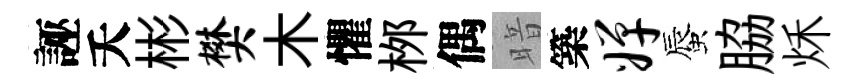
誣夭彬樊木懼桞偶暗築婵蜃脇秌